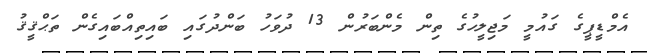
އެމްޑީޕީގެ ގައުމީ މަޖިލީހުގެ ތިން މެންބަރުން 13 ދުވަހު ބަންދުގައި ބައިތިއްބައިގެން ތަޙްްޤީޤު